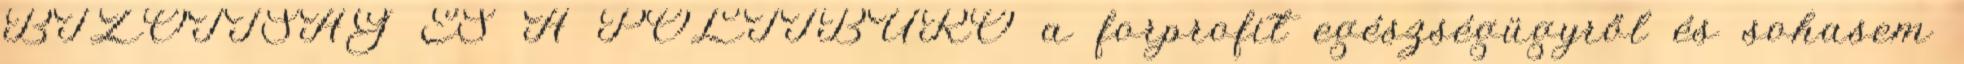
BIZOTTSÁG ÉS A POLITBÜRÓ a forprofit egészségügyről és sohasem